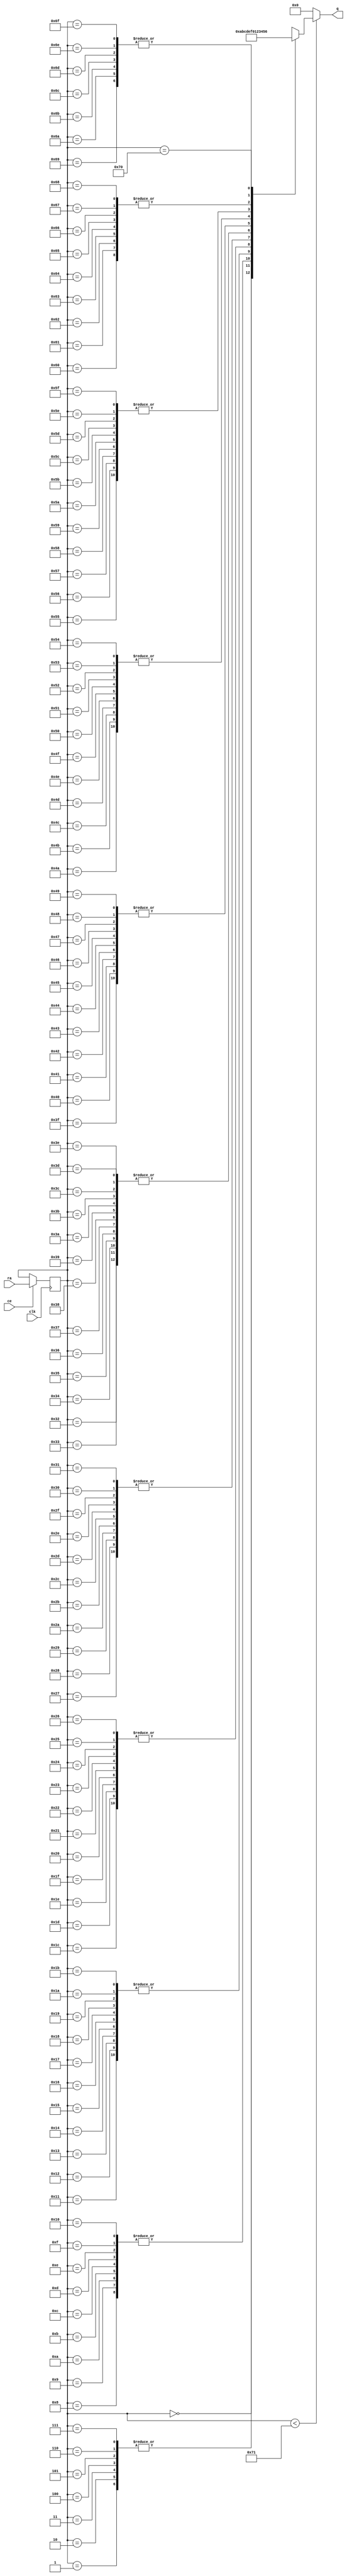
// ==============================================================
// File generated by AutoESL - High-Level Synthesis System (C, C++, SystemC)
// Version: 2011.1
// Copyright (C) 2011 Xilinx Inc. All rights reserved.
// 
// ==============================================================



`timescale 1 ns / 1 ps




module SURFdescriptor_ys_core (q, ra, ce, clk
);
   parameter READ_PORT_COUNT=32'd1;
   parameter WRITE_PORT_COUNT=32'd1;
   parameter DATA_WIDTH=32'd4;
   parameter ADDRESS_WIDTH=32'd7;
   parameter WORD_COUNT=32'd113;

   output [READ_PORT_COUNT*DATA_WIDTH-1:0] q;
   input [READ_PORT_COUNT*ADDRESS_WIDTH-1:0]  ra;
   input [READ_PORT_COUNT-1:0]  ce;
   input                                      clk;

   integer                                    i,j,k;

   wire [DATA_WIDTH-1:0]                       mem [0:WORD_COUNT-1];
   reg [ADDRESS_WIDTH-1:0]                    rat;
   reg [ADDRESS_WIDTH-1:0]                    rai [READ_PORT_COUNT-1:0];
   reg [ADDRESS_WIDTH-1:0]                    rai_reg [READ_PORT_COUNT-1:0];
   reg [READ_PORT_COUNT*DATA_WIDTH-1:0]       qi;
   reg [DATA_WIDTH-1:0]                       qt;


    assign mem[0] = 4'b1010;
    assign mem[1] = 4'b1011;
    assign mem[2] = 4'b1011;
    assign mem[3] = 4'b1011;
    assign mem[4] = 4'b1011;
    assign mem[5] = 4'b1011;
    assign mem[6] = 4'b1011;
    assign mem[7] = 4'b1011;
    assign mem[8] = 4'b1100;
    assign mem[9] = 4'b1100;
    assign mem[10] = 4'b1100;
    assign mem[11] = 4'b1100;
    assign mem[12] = 4'b1100;
    assign mem[13] = 4'b1100;
    assign mem[14] = 4'b1100;
    assign mem[15] = 4'b1100;
    assign mem[16] = 4'b1100;
    assign mem[17] = 4'b1101;
    assign mem[18] = 4'b1101;
    assign mem[19] = 4'b1101;
    assign mem[20] = 4'b1101;
    assign mem[21] = 4'b1101;
    assign mem[22] = 4'b1101;
    assign mem[23] = 4'b1101;
    assign mem[24] = 4'b1101;
    assign mem[25] = 4'b1101;
    assign mem[26] = 4'b1101;
    assign mem[27] = 4'b1101;
    assign mem[28] = 4'b1110;
    assign mem[29] = 4'b1110;
    assign mem[30] = 4'b1110;
    assign mem[31] = 4'b1110;
    assign mem[32] = 4'b1110;
    assign mem[33] = 4'b1110;
    assign mem[34] = 4'b1110;
    assign mem[35] = 4'b1110;
    assign mem[36] = 4'b1110;
    assign mem[37] = 4'b1110;
    assign mem[38] = 4'b1110;
    assign mem[39] = 4'b1111;
    assign mem[40] = 4'b1111;
    assign mem[41] = 4'b1111;
    assign mem[42] = 4'b1111;
    assign mem[43] = 4'b1111;
    assign mem[44] = 4'b1111;
    assign mem[45] = 4'b1111;
    assign mem[46] = 4'b1111;
    assign mem[47] = 4'b1111;
    assign mem[48] = 4'b1111;
    assign mem[49] = 4'b1111;
    assign mem[50] = 4'b0000;
    assign mem[51] = 4'b0000;
    assign mem[52] = 4'b0000;
    assign mem[53] = 4'b0000;
    assign mem[54] = 4'b0000;
    assign mem[55] = 4'b0000;
    assign mem[56] = 4'b0000;
    assign mem[57] = 4'b0000;
    assign mem[58] = 4'b0000;
    assign mem[59] = 4'b0000;
    assign mem[60] = 4'b0000;
    assign mem[61] = 4'b0000;
    assign mem[62] = 4'b0000;
    assign mem[63] = 4'b0001;
    assign mem[64] = 4'b0001;
    assign mem[65] = 4'b0001;
    assign mem[66] = 4'b0001;
    assign mem[67] = 4'b0001;
    assign mem[68] = 4'b0001;
    assign mem[69] = 4'b0001;
    assign mem[70] = 4'b0001;
    assign mem[71] = 4'b0001;
    assign mem[72] = 4'b0001;
    assign mem[73] = 4'b0001;
    assign mem[74] = 4'b0010;
    assign mem[75] = 4'b0010;
    assign mem[76] = 4'b0010;
    assign mem[77] = 4'b0010;
    assign mem[78] = 4'b0010;
    assign mem[79] = 4'b0010;
    assign mem[80] = 4'b0010;
    assign mem[81] = 4'b0010;
    assign mem[82] = 4'b0010;
    assign mem[83] = 4'b0010;
    assign mem[84] = 4'b0010;
    assign mem[85] = 4'b0011;
    assign mem[86] = 4'b0011;
    assign mem[87] = 4'b0011;
    assign mem[88] = 4'b0011;
    assign mem[89] = 4'b0011;
    assign mem[90] = 4'b0011;
    assign mem[91] = 4'b0011;
    assign mem[92] = 4'b0011;
    assign mem[93] = 4'b0011;
    assign mem[94] = 4'b0011;
    assign mem[95] = 4'b0011;
    assign mem[96] = 4'b0100;
    assign mem[97] = 4'b0100;
    assign mem[98] = 4'b0100;
    assign mem[99] = 4'b0100;
    assign mem[100] = 4'b0100;
    assign mem[101] = 4'b0100;
    assign mem[102] = 4'b0100;
    assign mem[103] = 4'b0100;
    assign mem[104] = 4'b0100;
    assign mem[105] = 4'b0101;
    assign mem[106] = 4'b0101;
    assign mem[107] = 4'b0101;
    assign mem[108] = 4'b0101;
    assign mem[109] = 4'b0101;
    assign mem[110] = 4'b0101;
    assign mem[111] = 4'b0101;
    assign mem[112] = 4'b0110;


   // Split read addresses
   always @ (ra) begin
      for (i=0;i<READ_PORT_COUNT;i=i+1) begin
         for (j=0;j<ADDRESS_WIDTH;j=j+1) begin
            rat[j]=ra[i*ADDRESS_WIDTH+j];
         end
         rai[i]=rat;
      end
   end

   // guide read addresses using CE
   always @ (posedge clk) begin
      for (i=0;i<READ_PORT_COUNT;i=i+1) begin
         if ( ce[i] ) begin
            rai_reg[i] <= rai[i];
         end
      end
   end


   // Memory read
    genvar x;
    generate
        for (x = 0; x < READ_PORT_COUNT; x = x + 1) begin : gen_q
            assign q[x*DATA_WIDTH+DATA_WIDTH-1:x*DATA_WIDTH] = (rai_reg[x]<WORD_COUNT)?
                mem[rai_reg[x]] : {DATA_WIDTH{1'b0}};
        end
    endgenerate

endmodule


module SURFdescriptor_ys (
    address0,
    ce0,
    q0,


    clk);


parameter DataWidth = 32'd4;
parameter AddressRange = 32'd113;
parameter AddressWidth = 32'd7;

input[AddressWidth-1:0] address0;
input ce0;
output[DataWidth-1:0] q0;
input clk;


reg[DataWidth-1:0] q0;
wire[1 * DataWidth - 1:0] mem_q;
wire[DataWidth - 1:0] mem_q0;
wire[1 * AddressWidth - 1:0]  mem_ra;
wire[1 - 1:0]  mem_ce;


SURFdescriptor_ys_core #(
    .READ_PORT_COUNT( 1 ),
    .WRITE_PORT_COUNT( 1 ),
    .DATA_WIDTH( DataWidth ),
    .ADDRESS_WIDTH( AddressWidth ),
    .WORD_COUNT( AddressRange ))
core_inst (
    .q( mem_q ),
    .ra( mem_ra ),
    .ce( mem_ce ),
    .clk( clk ));


assign mem_q0 =  mem_q[1 * DataWidth - 1 : 0 * DataWidth];

always @ (mem_q0) begin
        q0 = mem_q0;
end

assign mem_ra = {address0};
assign mem_ce = {ce0};

endmodule